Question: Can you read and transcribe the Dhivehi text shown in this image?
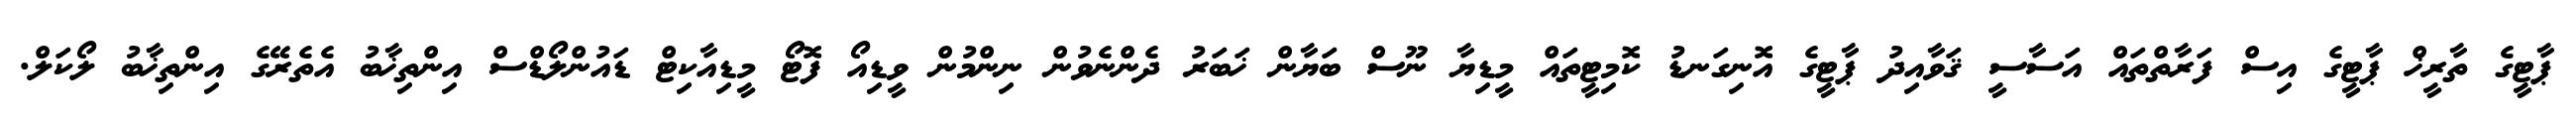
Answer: ޕާޓީގެ ތާރީޚް ޕާޓީގެ އިސް ފަރާތްތައް އަސާސީ ޤަވާއިދު ޕާޓީގެ އޮނިގަނޑު ކޮމިޓީތައް މީޑިޔާ ނޫސް ބަޔާން ޚަބަރު ދެންނެވުން ނިންމުން ވީޑިއޯ ފޮޓޯ މީޑިއާކިޓް ޑައުންލޯޑްސް އިންތިޚާބު އެތެރޭގެ އިންތިޚާބު ލޯކަލް.